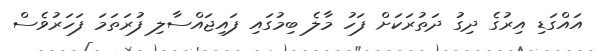
އައްގަޑި އިރުގެ ދިގު ދަތުރަކަށް ފަހު މާލެ ބިމުގައި ފައިޖައްސާލި ފުރަތަމަ ފަހަރުވެސް